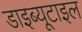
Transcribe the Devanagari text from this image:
डाइब्यूटाइल